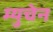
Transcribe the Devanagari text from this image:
म्युचेन